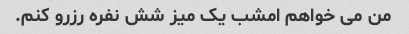
من می خواهم امشب یک میز شش نفره رزرو کنم.